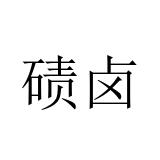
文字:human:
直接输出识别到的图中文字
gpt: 碛卤